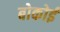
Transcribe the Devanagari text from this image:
बोकोई